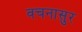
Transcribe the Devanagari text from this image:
वचनासुर